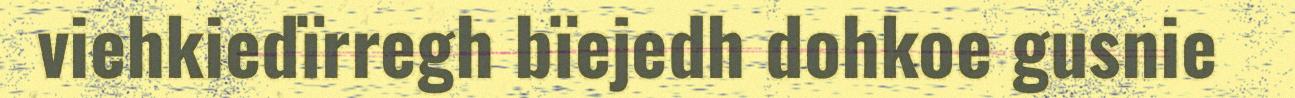
viehkiedïrregh bïejedh dohkoe gusnie